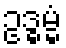
ဥဒ္ဓမ္မံ